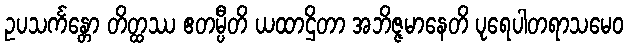
ဥပသင်္ကန္တော တိတ္ထဿ ဧတမ္ပီတိ ယထာဌိတာ အဘိဇ္ဇမာနေတိ ပုရေပါတရာသမေဝ